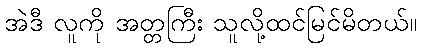
အဲဒီ လူကို အတ္တကြီး သူလို့ထင်မြင်မိတယ်။